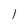
Character: 1